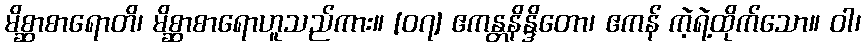
မိစ္ဆာစာရောတိ၊ မိစ္ဆာစာရောဟူသည်ကား။ [၀၇] ဧကန္တနိန္ဒိတော၊ ဧကန် ကဲ့ရဲ့ထိုက်သော။ ဝါ၊